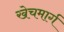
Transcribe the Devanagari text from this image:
खेचमार्ग